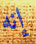
إنه